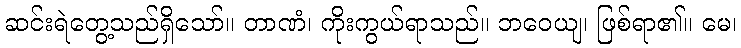
ဆင်းရဲတွေ့သည်ရှိသော်။ တာဏံ၊ ကိုးကွယ်ရာသည်။ ဘဝေယျ၊ ဖြစ်ရာ၏။ မေ၊